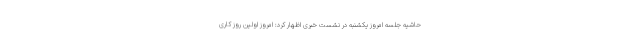
حاشیه جلسه امروز یکشنبه در نشست خبری اظهار کرد: امروز اولین روز کاری